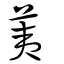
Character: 荑